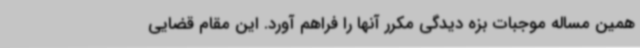
همین مساله موجبات بزه دیدگی مکرر آنها را فراهم آورد. این مقام قضایی